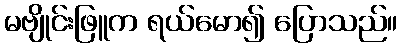
မဗျိုင်းဖြူက ရယ်မော၍ ပြောသည်။